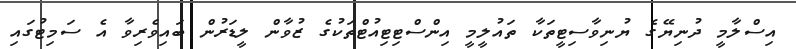
އިސްލާމީ ދުނިޔޭގެ ޔުނިވާސިޓީތަކާ ތައުލީމީ އިންސްޓިޓިއުޓްތަކުގެ ޒުވާން ލީޑަރުން ބައިވެރިވާ އެ ސަމިޓުގައި